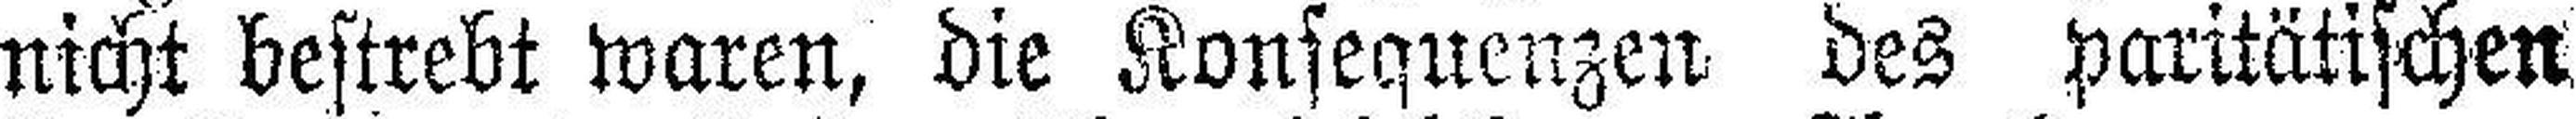
nicht bestrebt waren, die Konsequenzen des paritätischen